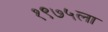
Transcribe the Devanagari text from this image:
१९७५ला